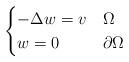
LaTeX: \begin{align*} \begin{cases} -\Delta w=v &\Omega\\ w=0 &\partial \Omega\end{cases}\end{align*}